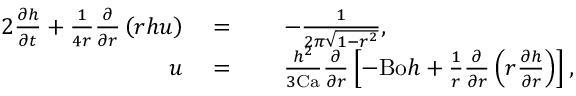
\begin{array} { r l r l } { { 2 } \frac { \partial h } { \partial t } + \frac { 1 } { 4 r } \frac { \partial } { \partial r } \left( r h u \right) } & { \; = } & & { \; - \frac { 1 } { 2 \pi \sqrt { 1 - r ^ { 2 } } } , } \\ { u } & { \; = } & & { \; \frac { h ^ { 2 } } { 3 \mathrm { C a } } \frac { \partial } { \partial r } \left[ - \mathrm { B o } h + \frac { 1 } { r } \frac { \partial } { \partial r } \left( r \frac { \partial h } { \partial r } \right) \right] , } \end{array}